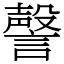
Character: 謦